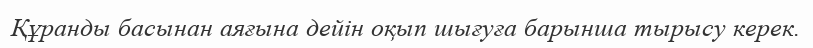
Құранды басынан аяғына дейін оқып шығуға барынша тырысу керек.